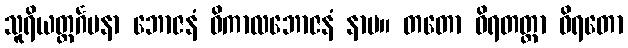
သူရိယတ္ထင်္ဂမနာ ဘောဇနံ ဝိကာလဘောဇနံ နာမ။ တတော ဝိရတတ္တာ ဝိရတော